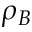
\rho _ { B }